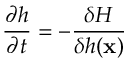
\frac { \partial h } { \partial t } = - \frac { \delta H } { \delta h ( { \bf x } ) }